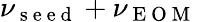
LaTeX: \nu_{\mathrm{~s~e~e~d~}}+\nu_{\mathrm{~E~O~M~}}